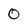
Character: 0